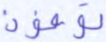
توفون